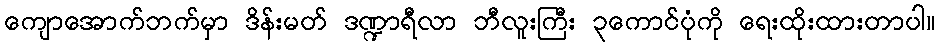
ကျောအောက်ဘက်မှာ ဒိန်းမတ် ဒဏ္ဍာရီလာ ဘီလူးကြီး ၃ကောင်ပုံကို ရေးထိုးထားတာပါ။